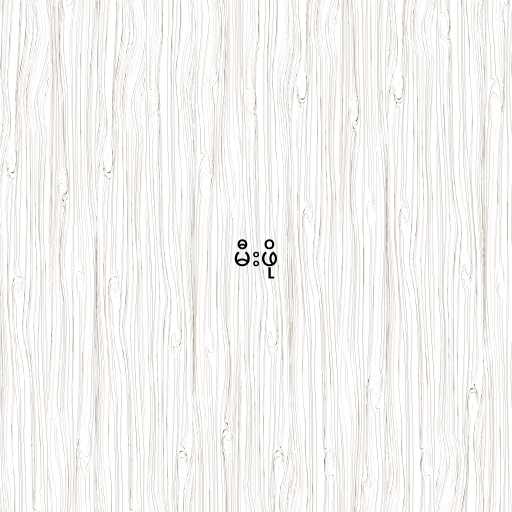
မီးဖို